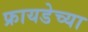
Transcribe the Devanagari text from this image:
फ्रायडेच्या